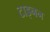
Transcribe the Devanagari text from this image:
टाइनन